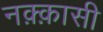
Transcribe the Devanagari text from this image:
नक़्क़ासी